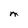
Character: M